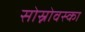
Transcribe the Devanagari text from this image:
सोस्नोवस्का